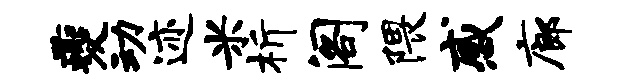
夔动迹米析阁隈感廊